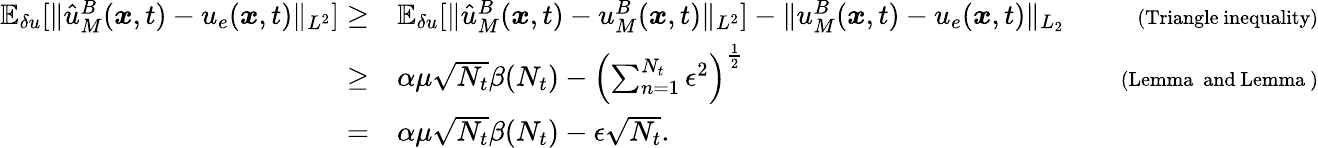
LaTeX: \begin{array}{rlr}{\mathbb{E}_{\delta u}[\| \hat{u}_{M}^{B}(\boldsymbol{x},t)-u_{e}(\boldsymbol{x},t)\| _{L^{2}}]\ge}&{\mathbb{E}_{\delta u}[\| \hat{u}_{M}^{B}(\boldsymbol{x},t)-u_{M}^{B}(\boldsymbol{x},t)\| _{L^{2}}]-\| u_{M}^{B}(\boldsymbol{x},t)-u_{e}(\boldsymbol{x},t)\| _{L_{2}}}&{\quad{\scriptstyle(\mathrm{Triangle~inequality})}}\\ {\ge}&{\alpha\mu\sqrt{N_{t}}\beta(N_{t})-\left(\sum_{n=1}^{N_{t}}\epsilon^{2}\right)^{\frac{1}{2}}}&{\quad{\scriptstyle(\mathrm{Lemma~~and~Lemma~})}}\\ {=}&{\alpha\mu\sqrt{N_{t}}\beta(N_{t})-\epsilon\sqrt{N_{t}}.}&\end{array}